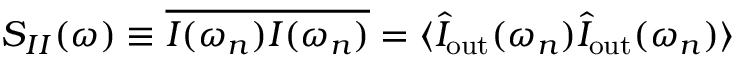
S _ { I I } ( \omega ) \equiv \overline { { I ( \omega _ { n } ) I ( \omega _ { n } ) } } = \langle \hat { I } _ { \mathrm { o u t } } ( \omega _ { n } ) \hat { I } _ { \mathrm { o u t } } ( \omega _ { n } ) \rangle